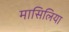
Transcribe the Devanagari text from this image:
मासिलिया